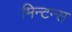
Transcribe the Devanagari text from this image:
मिन्टन्स